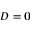
\boldsymbol D = \mathbf 0